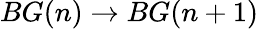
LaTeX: BG(n)\to BG(n+1)